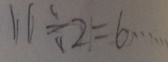
1 1 \div 2 = 6 \cdots